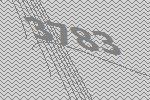
3783